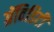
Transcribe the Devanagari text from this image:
ग्रॅविडिटी